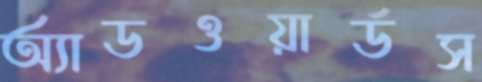
অ্যাডওয়ার্ডস